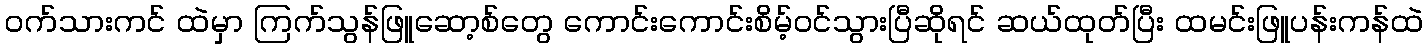
ဝက်သားကင် ထဲမှာ ကြက်သွန်ဖြူဆော့စ်တွေ ကောင်းကောင်းစိမ့်ဝင်သွားပြီဆိုရင် ဆယ်ထုတ်ပြီး ထမင်းဖြူပန်းကန်ထဲ